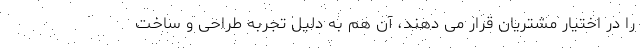
را در اختیار مشتریان قرار می دهند، آن هم به دلیل تجربه طراحی و ساخت